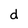
Character: d